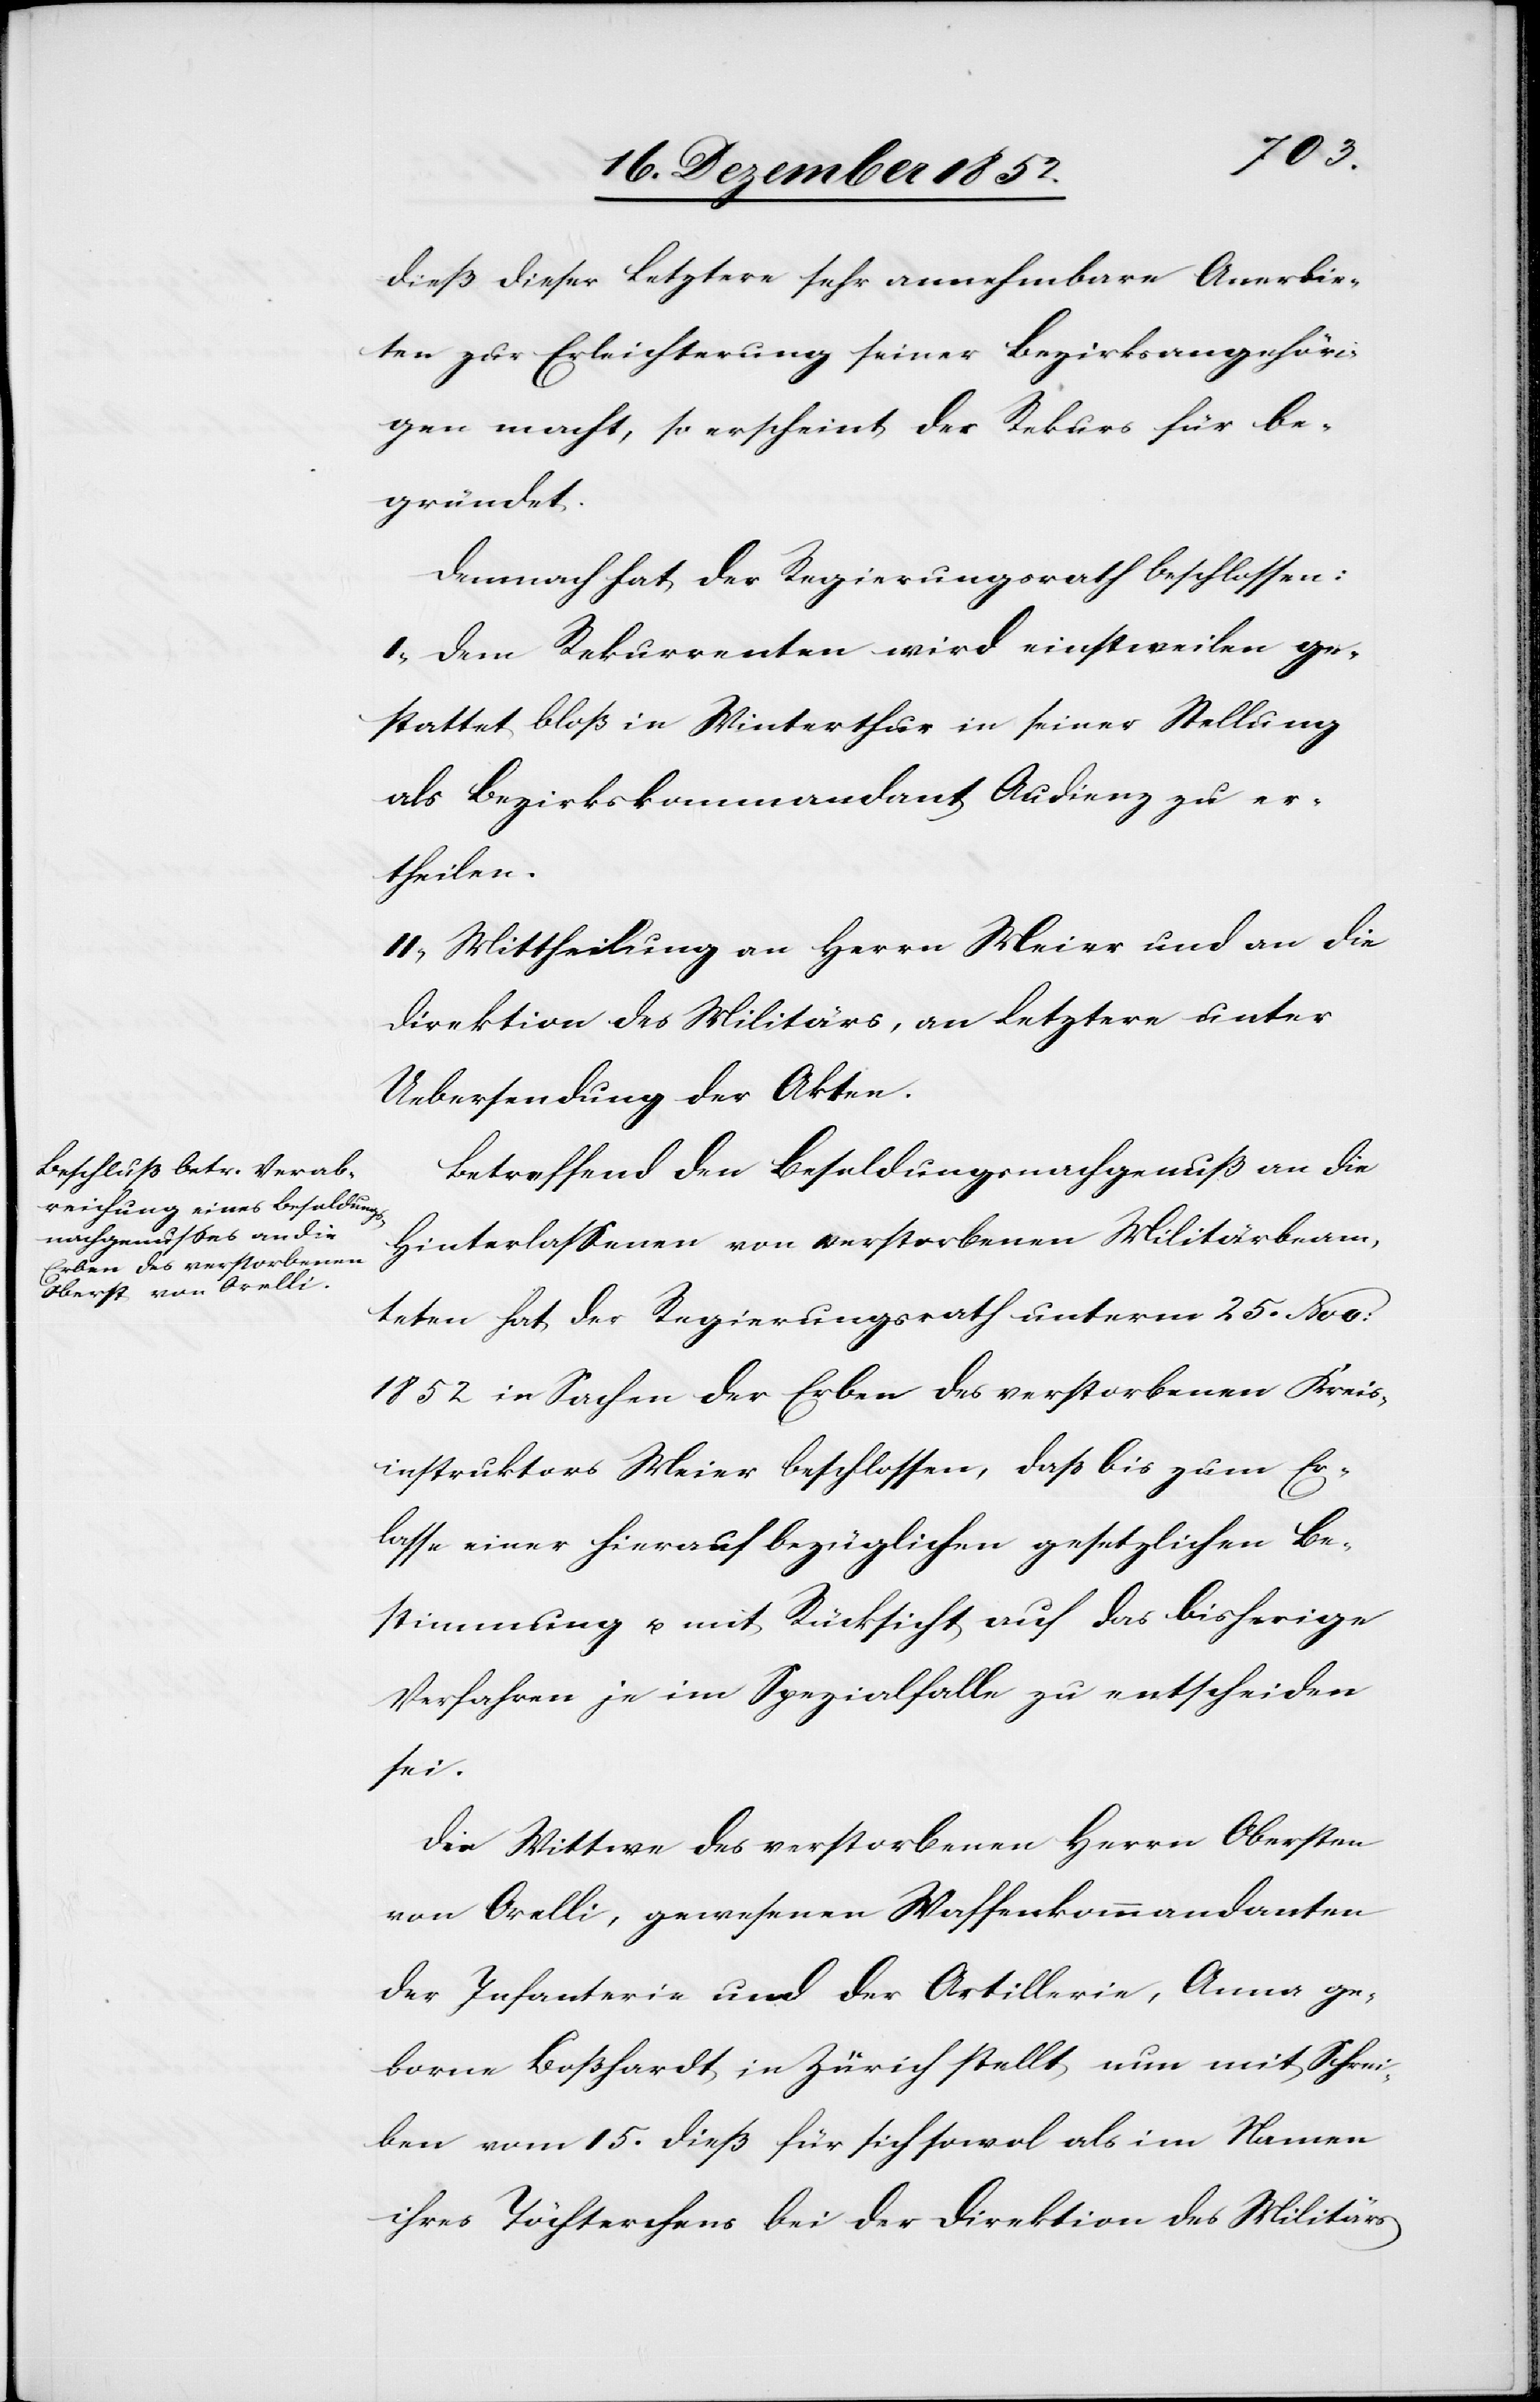
dieß dieser Letztere sehr annehmbare Anerbie¬
ten zur Erleichterung seiner Bezirksangehöri¬
gen macht, so erscheint der Rekurs für be¬
gründet.
Demnach hat der Regierungsrath beschlossen:
I, Dem Rekurrenten wird einstweilen ge¬
stattet bloß in Winterthur in seiner Stellung
als Bezirkskommandant Audienz zu er¬
theilen.
II, Mittheilung an Herrn Meier und an die
Direktion des Militärs, an Letztere unter
Uebersendung der Akten.
Betreffend den Besoldungsnachgenuß an die
Hinterlassenen von verstorbenen Militärbeam¬
teten hat der Regierungsrath unterm 25. Nov:
1852 in Sachen der Erben des verstorbenen Kreis¬
instruktors Meier beschlossen, daß bis zum Er¬
lasse einer hierauf bezüglichen gesetzlichen Be¬
stimmung u. mit Rücksicht auf das bisherige
Verfahren je im Spezialfalle zu entscheiden
sei.
Die Wittwe des verstorbenen Herrn Obersten
von Orelli, gewesenen Waffenkommandanten
der Infanterie und der Artillerie, Anna ge¬
borne Boßhardt in Zürich stellt nun mit Schrei¬
ben vom 15. dieß für sich sowol als im Namen
ihres Töchterchens bei der Direktion des Militärs